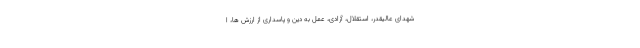
شهدای عالیقدر، استقلال، آزادی، عمل به دین و پاسداری از ارزش ها، ا